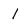
Character: l